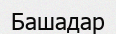
Башадар